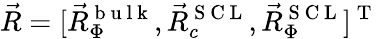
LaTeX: \vec{R}=[\vec{R}_{\Phi}^{\mathrm{~b~u~l~k~}},\vec{R}_{c}^{\mathrm{~S~C~L~}},\vec{R}_{\Phi}^{\mathrm{~S~C~L~}}]^{\mathrm{~T~}}